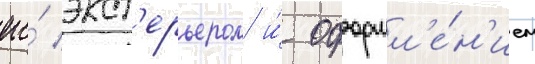
его́ экст'ерьером и́ оформл'е́н'ием